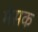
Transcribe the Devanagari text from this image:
मेसक